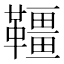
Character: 韁